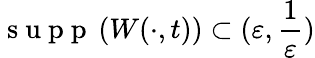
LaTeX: \mathrm{~s~u~p~p~}\left(W(\cdot,t)\right)\subset(\varepsilon,\frac{1}{\varepsilon})